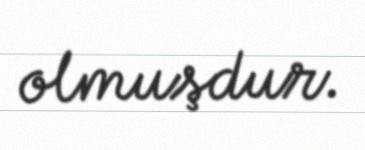
olmuşdur.